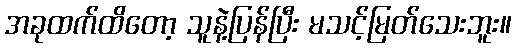
အခုထက်ထိတော့ သူနဲ့ပြန်ပြီး မသင့်မြတ်သေးဘူး။